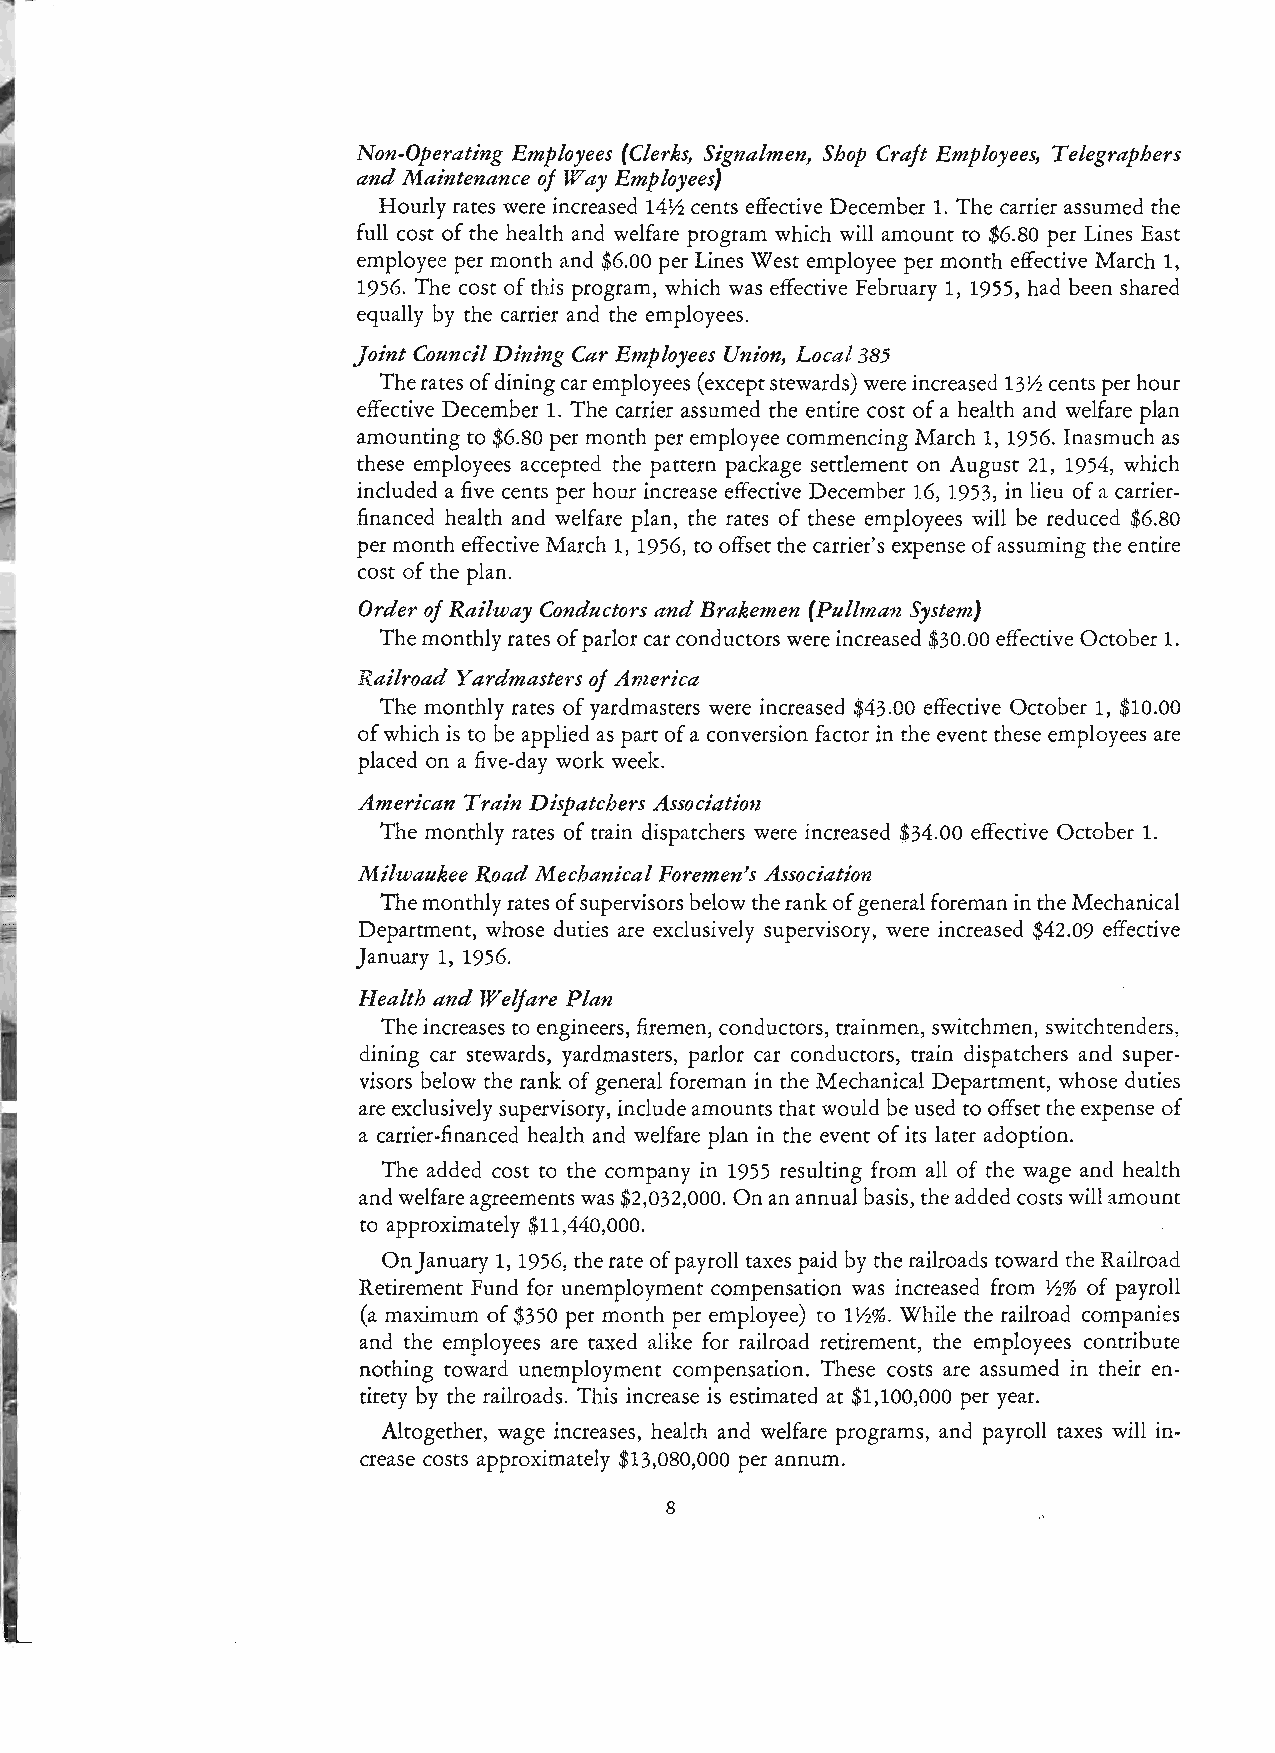
Non-Operating Employees (Clerks, Signalmen, Shop Craft Employees, Telegraphers
 and Maintenance of Way Employees)
 Hourly rates were increased 14Y:z cents effective December 1. The carrier assumed the
 full cost of the health and welfare program which will amount to $6.80 per Lines East
 employee per month and $6.00 per Lines West employee per month effective March 1,
 1956. The cost of this program, which was effective February 1, 1955, had been shared
 equally by the carrier and the employees.
 Joint Council Dining Car Employees Union, Local 385
 The rates of dining car employees (except stewards) were increased 13Y:z cents per hour
 effective December 1. The carrier assumed the entire cost of a health and welfare plan
 amounting to $6.80 per month per employee commencing March 1, 1956. Inasmuch as
 these employees accepted the pattern package settlement on August 21, 1954, which
 included a five cents per hour increase effective December 16, 1953, in lieu of a carrier
 financed health and welfare plan, the rates of these employees will be reduced $6.80
 per month effective March 1, 1956, to offset the carrier's expense of assuming the entire
 cost of the plan.
 Order of Railway Conductors and Brakemen (Pullman System)
 The monthly rates of parlor car conductors were increased $30.00 effective October 1.
 Railroad Yardmasters of America
 The monthly rates of yardmasters were increased $43.00 effective October 1, $10.00
 of which is to be applied as part of a conversion factor in the event these employees are
 placed on a five-day work week.
 American Train Dispatchers Associati01z
 The monthly rates of train dispatchers were increased $34.00 effective October 1.
 Milwaukee Road Mechanical Foremen's Association
 The monthly rates of supervisors below the rank of general foreman in the Mechanical
 Department, whose duties are exclusively supervisory, were increased $42.09 effective
 January 1, 1956.
 Health and Welfare Plan
 The increases to engineers, firemen, conductors, trainmen, switchmen, switchtenders,
 dining car stewards, yardmasters, parlor car conductors, train dispatchers and super
 visors below the rank of general foreman in the Mechanical Department, whose duties
 are exclusively supervisory, include amounts that would be used to offset the expense of
 a carrier-financed health and welfare plan in the event of its later adoption.
 The added cost to the company in 1955 resulting from all of the wage and health
 and welfare agreements was $2,032,000. On an annual basis, the added costs will amount
 to approximately $11,440,000.
 OnJanuary 1, 1956, the rate of payroll taxes paid by the railroads toward the Railroad
 Retirement Fund for unemployment compensation was increased from Y:z% of payroll
 (a maximum of $350 per month per employee) to 1Y:z%. While the railroad companies
 and the employees are taxed alike for railroad retirement, the employees contribute
 nothing toward unemployment compensation. These costs are assumed in their en
 tirety by the railroads. This increase is estimated at $1,100,000 per year.
 Altogether, wage increases, health and welfare programs, and payroll taxes will in
 crease costs approximately $13,080,000 per annum.
 8